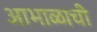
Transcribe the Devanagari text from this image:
आभाळाची